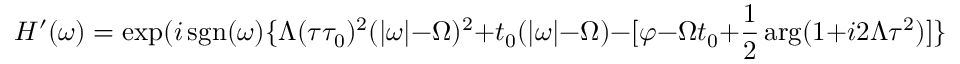
H ^ { \prime } ( \omega ) = \exp ( i \operatorname { s g n } ( \omega ) \{ \Lambda ( \tau \tau _ { 0 } ) ^ { 2 } ( | \omega | - \Omega ) ^ { 2 } + t _ { 0 } ( | \omega | - \Omega ) - [ \varphi - \Omega t _ { 0 } + \frac { 1 } { 2 } \arg ( 1 + i 2 \Lambda \tau ^ { 2 } ) ] \} ) ,